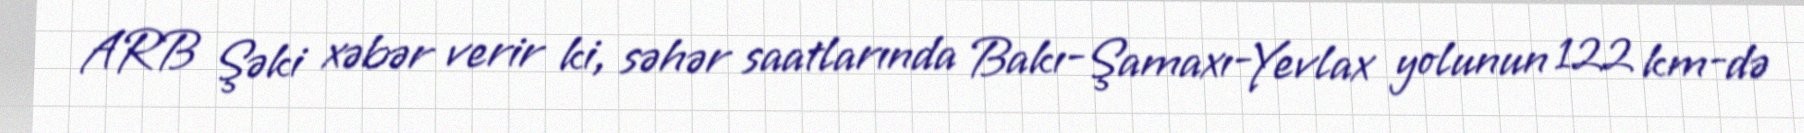
ARB Şəki xəbər verir ki, səhər saatlarında Bakı-Şamaxı-Yevlax yolunun 122 km-də